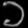
Digit: ၁